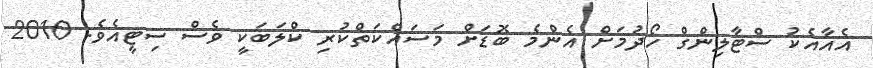
އެއާއެކު ސްޓާލިންގް ހޯދުމަށް އެންމެ ބޮޑަށް މަސައްކަތްކުރި ކްލަބަކީ ވެސް ސިޓީއެވެ. 2010